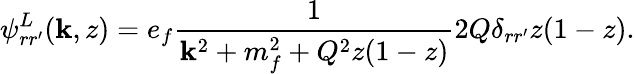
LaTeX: \psi_{rr^{\prime}}^{L}({\mathbf k},z)=e_{f}\frac{1}{{\mathbf k}^{2}+m_{f}^{2}+Q^{2}z(1-z)}2Q\delta_{rr^{\prime}}z(1-z).